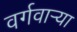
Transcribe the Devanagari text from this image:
वर्गवार्‍या